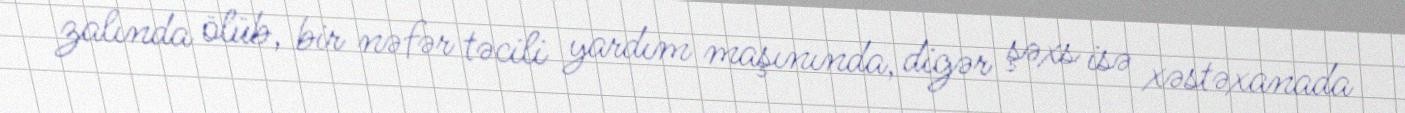
zalında ölüb, bir nəfər təcili yardım maşınında, digər şəxs isə xəstəxanada